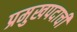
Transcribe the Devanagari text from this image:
प्रमुखपदाची